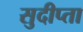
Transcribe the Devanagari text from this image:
सुदीप्ता